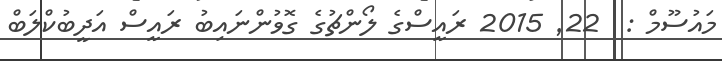
މައުސޫމް :  22